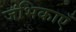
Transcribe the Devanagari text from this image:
जंभिकाएँ